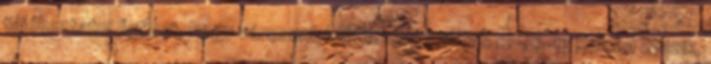
tájékoztatni önöket, hogy városunk küldöttsége május 12-16-ig Saloba utazik,